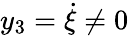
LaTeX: y_{3}=\dot{\xi}\neq 0